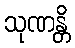
သုဏန္တိ